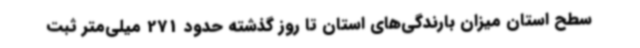
سطح استان میزان بارندگی‌های استان تا روز گذشته حدود 271 میلی‌متر ثبت